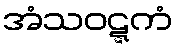
အံသဝဋ္ဋကံ